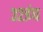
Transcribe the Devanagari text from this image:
३२इंच